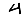
Digit: 4